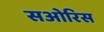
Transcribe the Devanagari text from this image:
सओरिस